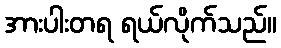
အားပါးတရ ရယ်လိုက်သည်။